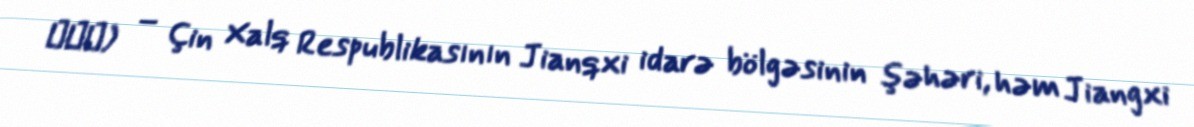
南昌市) – Çin Xalq Respublikasının Jianqxi idarə bölgəsinin şəhəri, həm Jiangxi